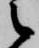
之